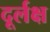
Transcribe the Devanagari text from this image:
दूर्लक्ष